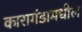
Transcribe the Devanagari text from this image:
कारागंडामधील